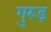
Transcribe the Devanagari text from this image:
गुरुड़